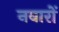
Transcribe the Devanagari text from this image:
नवारों